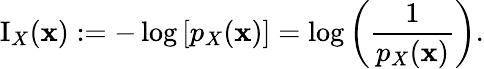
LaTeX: \operatorname{I}_{X}(\mathbf{x}):=-\log{\left[p_{X}{\left(\mathbf{x}\right)}\right]}=\log{\left({\frac{{1}}{{p_{X}{\left(\mathbf{x}\right)}}}}\right)}.